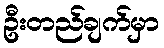
ဦးတည်ချက်မှာ